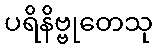
ပရိနိဗ္ဗုတေသု